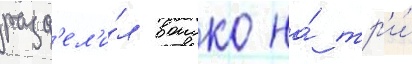
разд'ел'и́л воиско на́ тр'и́